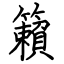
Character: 籟